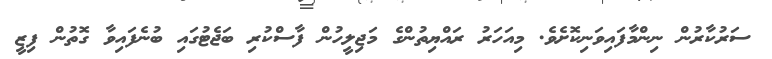
ސަރުކާރުން ނިންމާފައިވަނިކޮށެވެ. މިއަހަރު ރައްޔިތުންގެ މަޖިލީހުން ފާސްކުރި ބަޖެޓުގައި ބުނެފައިވާ ގޮތުން ފިޒީ